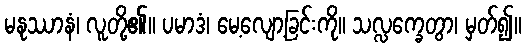
မနုဿာနံ၊ လူတို့၏။ ပမာဒံ၊ မေ့လျော့ခြင်းကို။ သလ္လက္ခေတွာ၊ မှတ်၍။